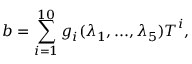
\boldsymbol { b } = \sum _ { i = 1 } ^ { 1 0 } g _ { i } ( \lambda _ { 1 } , . . . , \lambda _ { 5 } ) \boldsymbol { T } ^ { i } ,